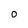
Character: O